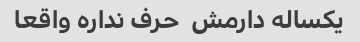
یکساله دارمش  حرف نداره واقعا